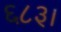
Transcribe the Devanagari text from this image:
६८३।